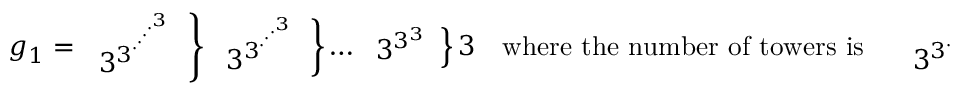
g _ { 1 } = \left. { \begin{array} { l } { 3 ^ { 3 ^ { \cdot ^ { \cdot ^ { \cdot ^ { \cdot ^ { 3 } } } } } } } \end{array} } \right\} \left. { \begin{array} { l } { 3 ^ { 3 ^ { \cdot ^ { \cdot ^ { \cdot ^ { 3 } } } } } } \end{array} } \right\} \dots \left. { \begin{array} { l } { 3 ^ { 3 ^ { 3 } } } \end{array} } \right\} 3 \quad { \mathrm { w h e r e ~ t h e ~ n u m b e r ~ o f ~ t o w e r s ~ i s } } \quad \left. { \begin{array} { l } { 3 ^ { 3 ^ { \cdot ^ { \cdot ^ { \cdot ^ { 3 } } } } } } \end{array} } \right\} \left. { \begin{array} { l } { 3 ^ { 3 ^ { 3 } } } \end{array} } \right\} 3